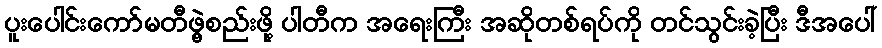
ပူးပေါင်းကော်မတီဖွဲ့စည်းဖို့ ပါတီက အရေးကြီး အဆိုတစ်ရပ်ကို တင်သွင်းခဲ့ပြီး ဒီအပေါ်